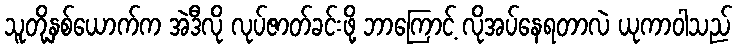
သူတို့နှစ်ယောက်က အဲဒီလို လုပ်ဇာတ်ခင်းဖို့ ဘာကြောင့် လိုအပ်နေရတာလဲ ယုကာဝါသည်